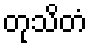
တုသိတံ